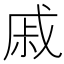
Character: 戚